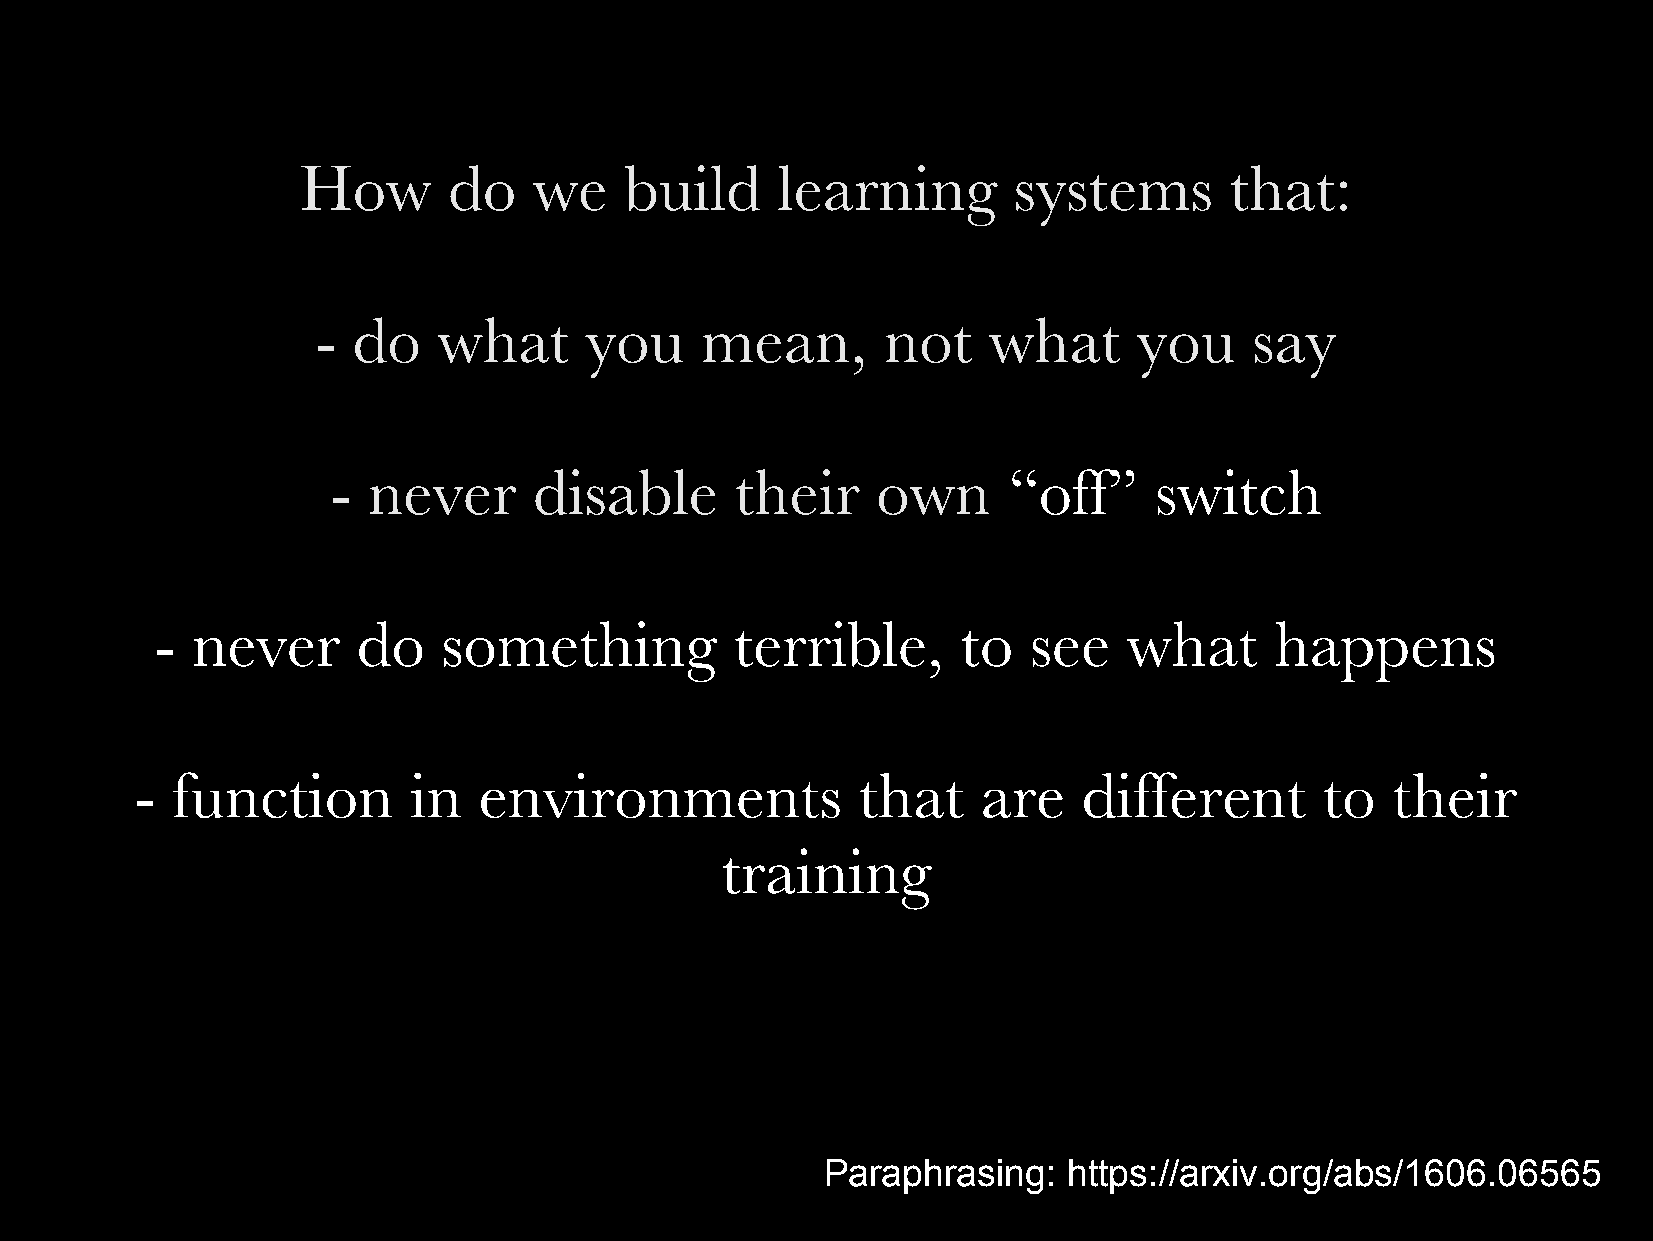
How       do   we    build     learning        systems       that:
 - do    what      you    mean,        not   what      you     say
 - never      disable       their    own      “off”    switch
 -  never      do   something           terrible,      to  see    what     happens
 - function        in   environments             that    are    different       to  their
 training
 Paraphrasing:   https://arxiv.org/abs/1606.06565